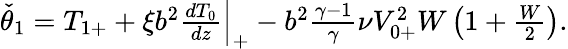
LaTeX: \begin{array}{r}{\check{\theta}_{1}={T}_{1+}+\xi b^{2}\frac{d{T}_{0}}{dz}\Big|_{+}-b^{2}\frac{\gamma-1}{\gamma}\nu{V}_{0+}^{2}W\left(1+\frac{W}{2}\right).}\end{array}